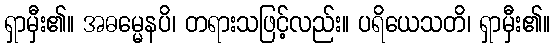
ရှာမှီး၏။ အဓမ္မေနပိ၊ တရားသဖြင့်လည်း။ ပရိယေသတိ၊ ရှာမှီး၏။